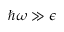
\hbar \omega \gg \epsilon